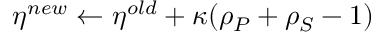
\eta ^ { n e w } \leftarrow \eta ^ { o l d } + \kappa ( \rho _ { P } + \rho _ { S } - 1 )